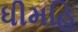
ધીમહિ